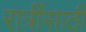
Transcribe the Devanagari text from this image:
रात्रींसाठी